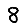
Digit: 8